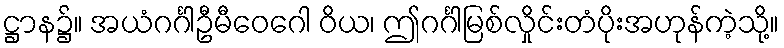
ဋ္ဌာန၌။ အယံဂင်္ဂါဦမီဝေဂေါ ဝိယ၊ ဤဂင်္ဂါမြစ်လှိုင်းတံပိုးအဟုန်ကဲ့သို့။